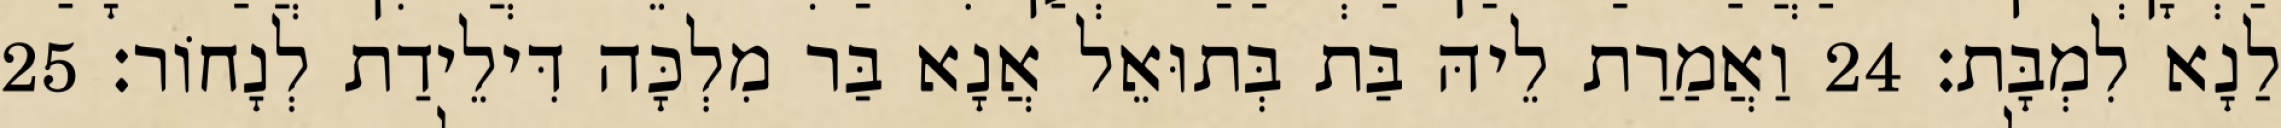
לַנָא לִמְבָּת׃ 24 וַאֲמַרַת לֵיהּ בַּת בְּתוּאֵל אֲנָא בַּר מִלְכָּה דִּילֵידַת לְנָחוֹר׃ 25